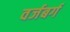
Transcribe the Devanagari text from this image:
वर्जबर्ग